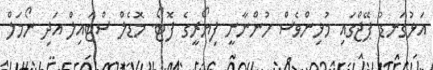
އަޅުގަނޑު ޕޭޖްގައި މުޅިންވެސް ހުންނާނީ ފިޔޯރީގެ ފޮޓޯ. މޮޑެލް ސްޓައިލް އަދި ނޯމަލް